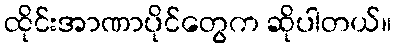
ထိုင်းအာဏာပိုင်တွေက ဆိုပါတယ်။